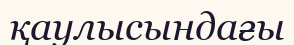
қаулысындағы